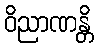
ဝိညာဏန္တိ